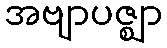
အဗျာပဇ္ဈာ